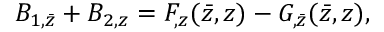
{ \cal B } _ { 1 , \bar { z } } + { \cal B } _ { 2 , z } = { \cal F } _ { , z } ( \bar { z } , z ) - { \cal G } _ { , \bar { z } } ( \bar { z } , z ) ,